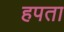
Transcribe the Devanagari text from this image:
हपता